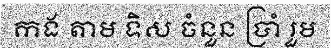
កង តាម ទិស ចំនួន ប្រាំ រួម